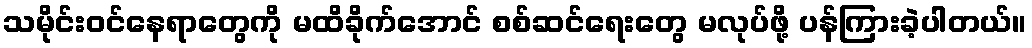
သမိုင်းဝင်နေရာတွေကို မထိခိုက်အောင် စစ်ဆင်ရေးတွေ မလုပ်ဖို့ ပန်ကြားခဲ့ပါတယ်။